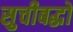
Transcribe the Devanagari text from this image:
सुचीबद्धों